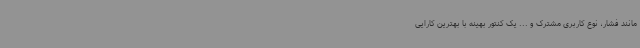
مانند فشار، نوع کاربری مشترک و ... یک کنتور بهینه با بهترین کارایی